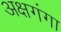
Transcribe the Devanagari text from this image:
अक्षगंगा